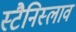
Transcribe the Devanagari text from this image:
स्टैनिस्लाव